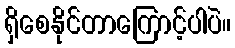
ရှိစေနိုင်တာကြောင့်ပါပဲ။